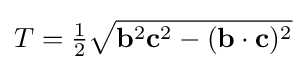
T={\tfrac {1}{2}}{\sqrt {\mathbf {b} ^{2}\mathbf {c} ^{2}-(\mathbf {b} \cdot \mathbf {c} )^{2}}}